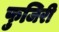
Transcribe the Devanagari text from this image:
फुजिरी